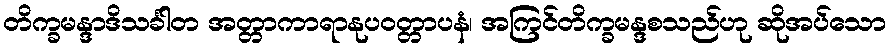
တိက္ခမန္ဒာဒိသင်္ခါတ အတ္တာကာရာနုပဝတ္တာပနံ၊ အကြင်တိက္ခမန္ဒစသည်ဟု ဆိုအပ်သော